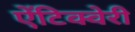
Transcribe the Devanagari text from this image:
ऐंटिक्वेरी